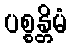
ပစ္စန္တိမံ